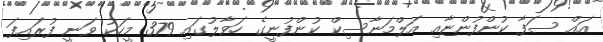
އައް ސަފާ ކުންފުންޏާއި އަލްމަނާސިކް ކުންފުނީގެ ހަވާލުގައި 379 މީހަކު ވަނީ ފުރައިފަ